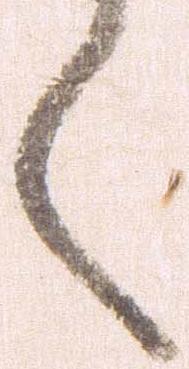
く